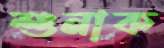
শুনাক